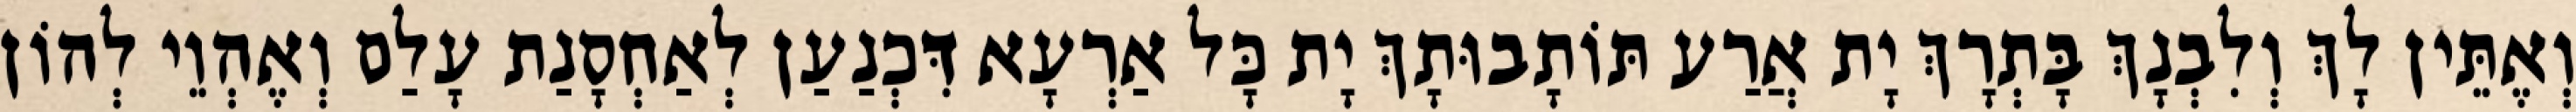
וְאֶתֵּין לָךְ וְלִבְנָךְ בָּתְרָךְ יָת אֲרַע תּוֹתָבוּתָךְ יָת כָּל אַרְעָא דִּכְנַעַן לְאַחְסָנַת עָלַם וְאֶהְוֵי לְהוֹן